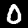
Label: 0